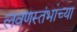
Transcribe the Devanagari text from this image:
लवणस्तंभांच्या